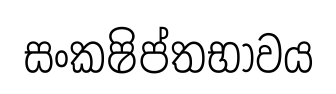
සංකෂිප්තභාවය